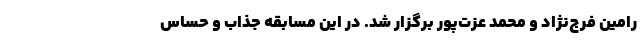
رامین فرج‌نژاد و محمد عزت‌پور برگزار شد. در این مسابقه جذاب و حساس